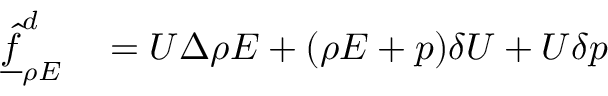
\begin{array} { r l } { \underline { { \hat { f } } } _ { \rho E } ^ { d } } & { { } = U \Delta \rho E + ( \rho E + p ) \delta U + U \delta p } \end{array}